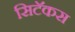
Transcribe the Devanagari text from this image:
सिटॅकस